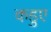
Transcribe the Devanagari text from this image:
कडुए